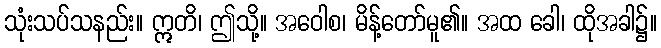
သုံးသပ်သနည်း။ ဣတိ၊ ဤသို့။ အဝေါစ၊ မိန့်တော်မူ၏။ အထ ခေါ၊ ထိုအခါ၌။